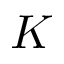
K